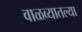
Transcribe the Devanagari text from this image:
वाळव्यातल्या